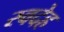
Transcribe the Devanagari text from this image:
स्वदेह